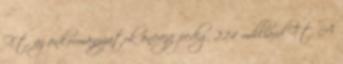
Ft, az önkormányzatok önereje pedig 2,14 milliárd Ft. A